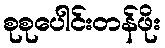
စုစုပေါင်းတန်ဖိုး